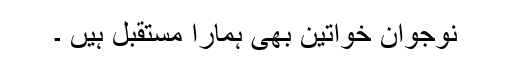
نوجوان خواتین بھی ہمارا مستقبل ہیں ۔